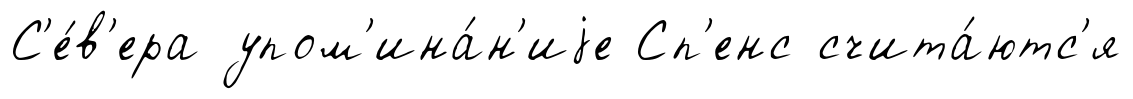
С'е́в'ера упом'ина́н'иjе Сп'енс счита́ютс'я